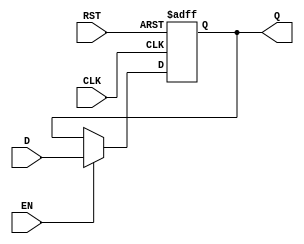
module barrier_register #(
    parameter WIDTH = 8 // Default width of the data inputs/outputs
)(
    input  wire [WIDTH-1:0] D,     // Data inputs
    input  wire EN,                 // Enable signal
    input  wire CLK,                // Clock signal
    input  wire RST,                // Reset signal
    output reg  [WIDTH-1:0] Q       // Data outputs
);

// Asynchronous reset and synchronous data latching
always @(posedge CLK or posedge RST) begin
    if (RST) begin
        Q <= {WIDTH{1'b0}}; // Clear register on reset
    end else if (EN) begin
        Q <= D; // Latch data on clock edge
    end
    // If EN is low, Q retains its value.
end

endmodule